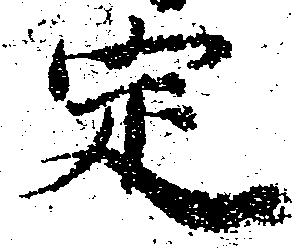
定